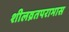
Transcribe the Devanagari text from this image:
शीलव्रतपराभास